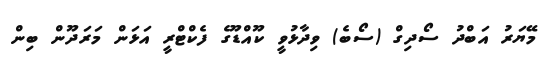
މޭޔަރު އަބްދު ސޯދިގް (ސޯބެ) ވިދާޅުވީ ކޫއްޑޫގެ ފެކްޓްރީ އަޅަން މަރަދޫން ބިން